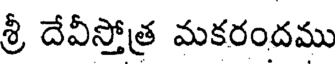
శ్రీ దేవీస్తోత్ర మకరందము